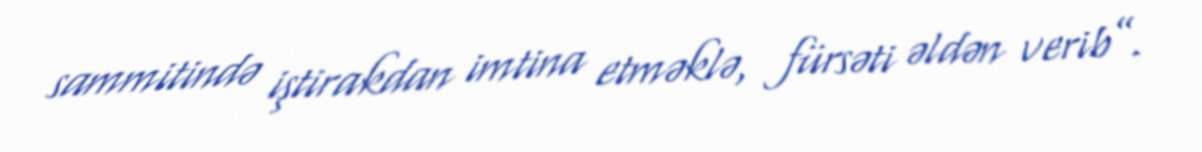
sammitində iştirakdan imtina etməklə, fürsəti əldən verib”.